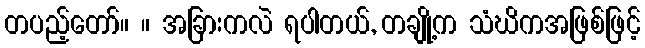
တပည့်တော်။ ။ အခြားကလဲ ရပါတယ်, တချို့က သံဃိကအဖြစ်ဖြင့်